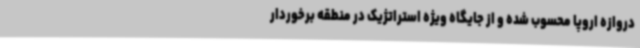
دروازه اروپا محسوب شده و از جایگاه ویژه استراتژیک در منطقه برخوردار